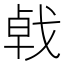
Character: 㦸